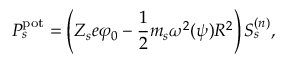
P _ { s } ^ { \mathrm { p o t } } = \left( Z _ { s } e \varphi _ { 0 } - \frac { 1 } { 2 } m _ { s } \omega ^ { 2 } ( \psi ) R ^ { 2 } \right) S _ { s } ^ { ( { n } ) } ,